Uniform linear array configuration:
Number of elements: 12
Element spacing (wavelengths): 1
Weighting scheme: cosine
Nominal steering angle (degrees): -45
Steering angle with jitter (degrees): -43.242
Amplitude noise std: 0.05
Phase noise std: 0.05

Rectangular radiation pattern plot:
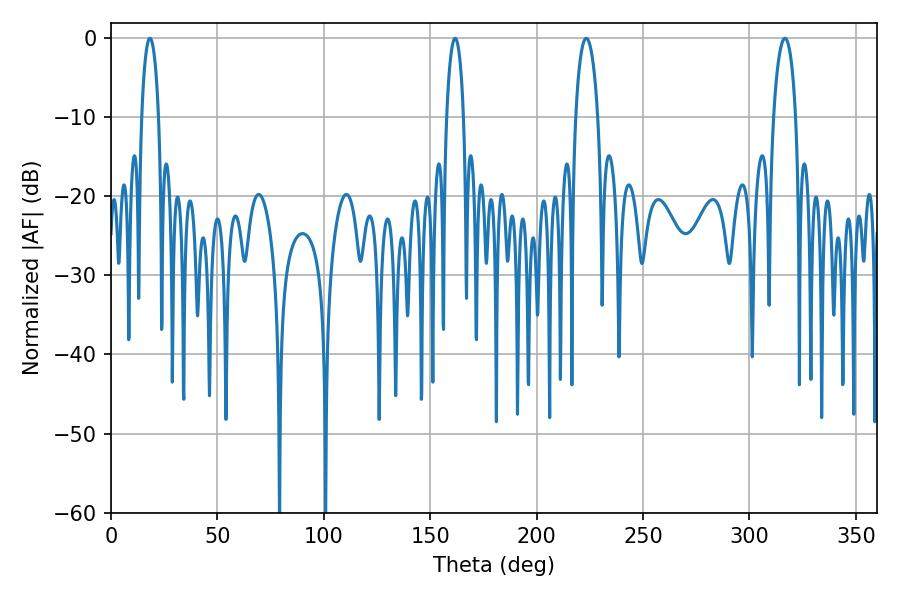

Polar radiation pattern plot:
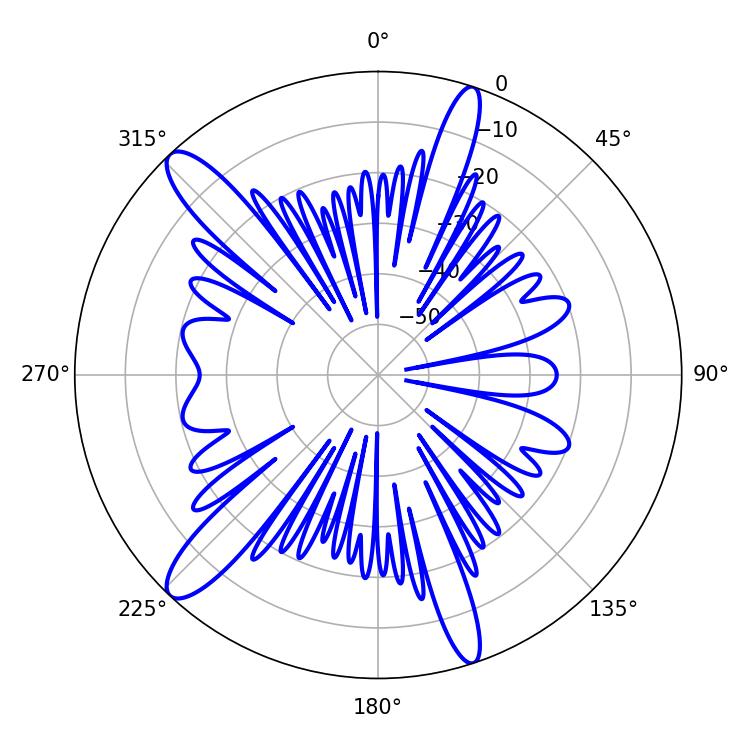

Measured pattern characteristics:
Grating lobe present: TRUE
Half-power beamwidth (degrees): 5.94
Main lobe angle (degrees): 223.38